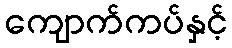
ကျောက်ကပ်နှင့်